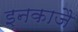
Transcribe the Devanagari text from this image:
इनकाजै